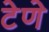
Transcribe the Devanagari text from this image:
टेणे